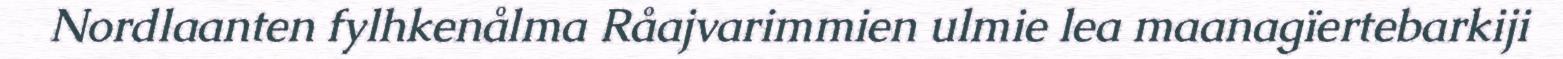
Nordlaanten fylhkenålma Råajvarimmien ulmie lea maanagïertebarkiji